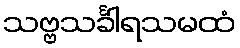
သဗ္ဗသင်္ခါရသမထံ